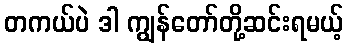
တကယ်ပဲ ဒါ ကျွန်တော်တို့ဆင်းရမယ့်